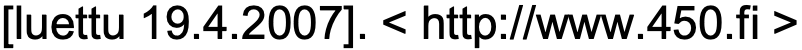
[luettu 19.4.2007]. < http://www.450.fi >